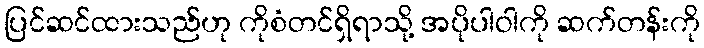
ပြင်ဆင်ထားသည်ဟု ကိုစံတင်ရှိရာသို့ အပိုပါဝါကို ဆက်တန်းကို